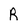
Character: R